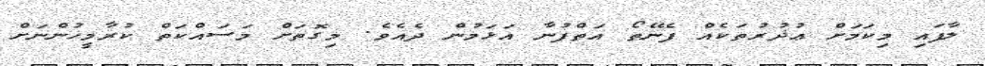
ލާފައި މިކަމަށް ޢުޛުރުތަކެއް ފެނޭތޯ އަތްފުނާ އަޅަމުން ދެއެވެ. މިގޮތަށް މަސައްކަތް ކުރާމީހުންނަށް